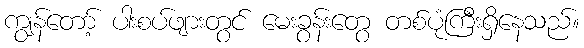
ကျွန်တော့် ပါးစပ်ဖျားတွင် မေးခွန်းတွေ တစ်ပုံကြီးရှိနေသည်။